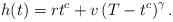
LaTeX: \begin{align*}h(t)=rt^{c}+v\left(T-t^{c}\right)^{\gamma}.\end{align*}